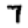
Digit: 7